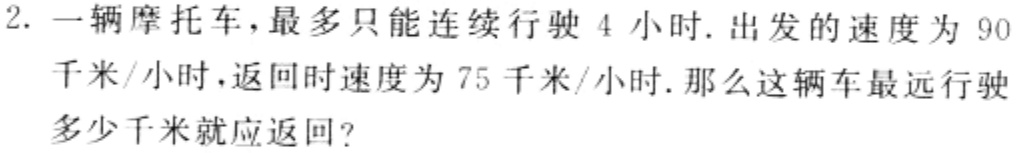
2. 一辆摩托车，最多只能连续行驶 4 小时. 出发的速度为 90千米/小时，返回时速度为 75 千米/小时. 那么这辆车最远行驶多少千米就应返回？